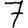
Digit: 7